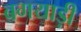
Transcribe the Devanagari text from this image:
बगयाड़ी